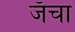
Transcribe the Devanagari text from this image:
जॅचा